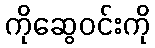
ကိုဆွေဝင်းကို